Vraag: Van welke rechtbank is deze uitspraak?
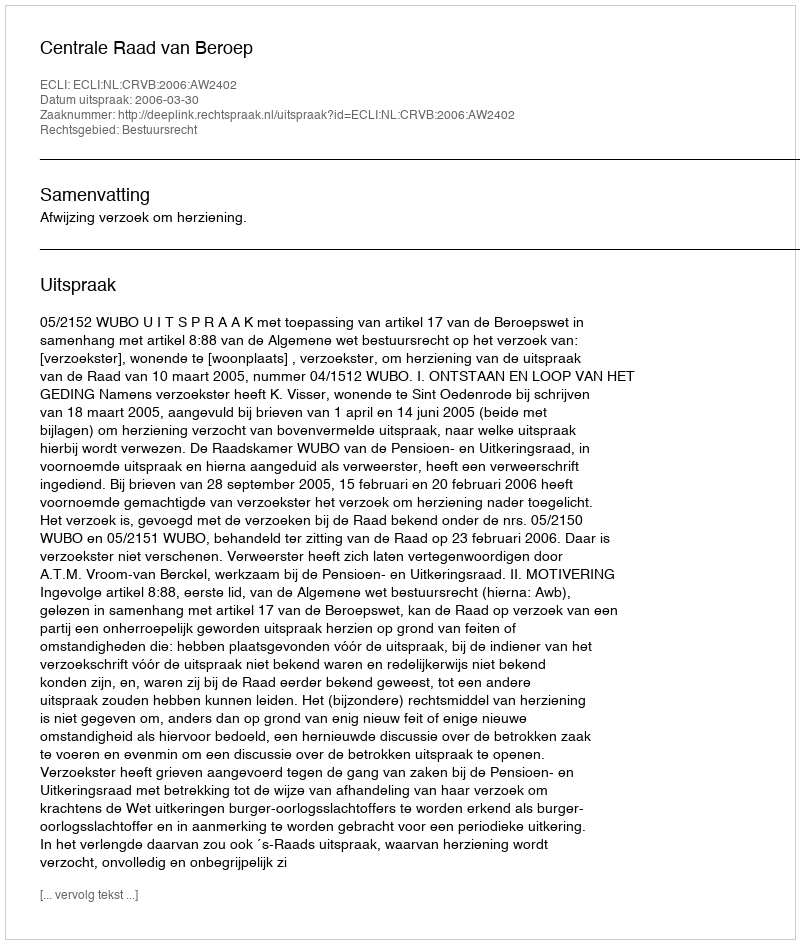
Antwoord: Centrale Raad van Beroep